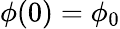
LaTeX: \phi(0)=\phi_{0}